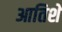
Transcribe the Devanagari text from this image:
आतिशे